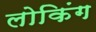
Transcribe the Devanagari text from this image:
लोकिंग